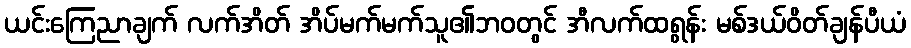
ယင်းကြေညာချက် လက်အိတ် အိပ်မက်မက်သူ၏ဘ၀တွင် အီလက်ထရွန်း မစ်ဒယ်ဝိတ်ချန်ပီယံ